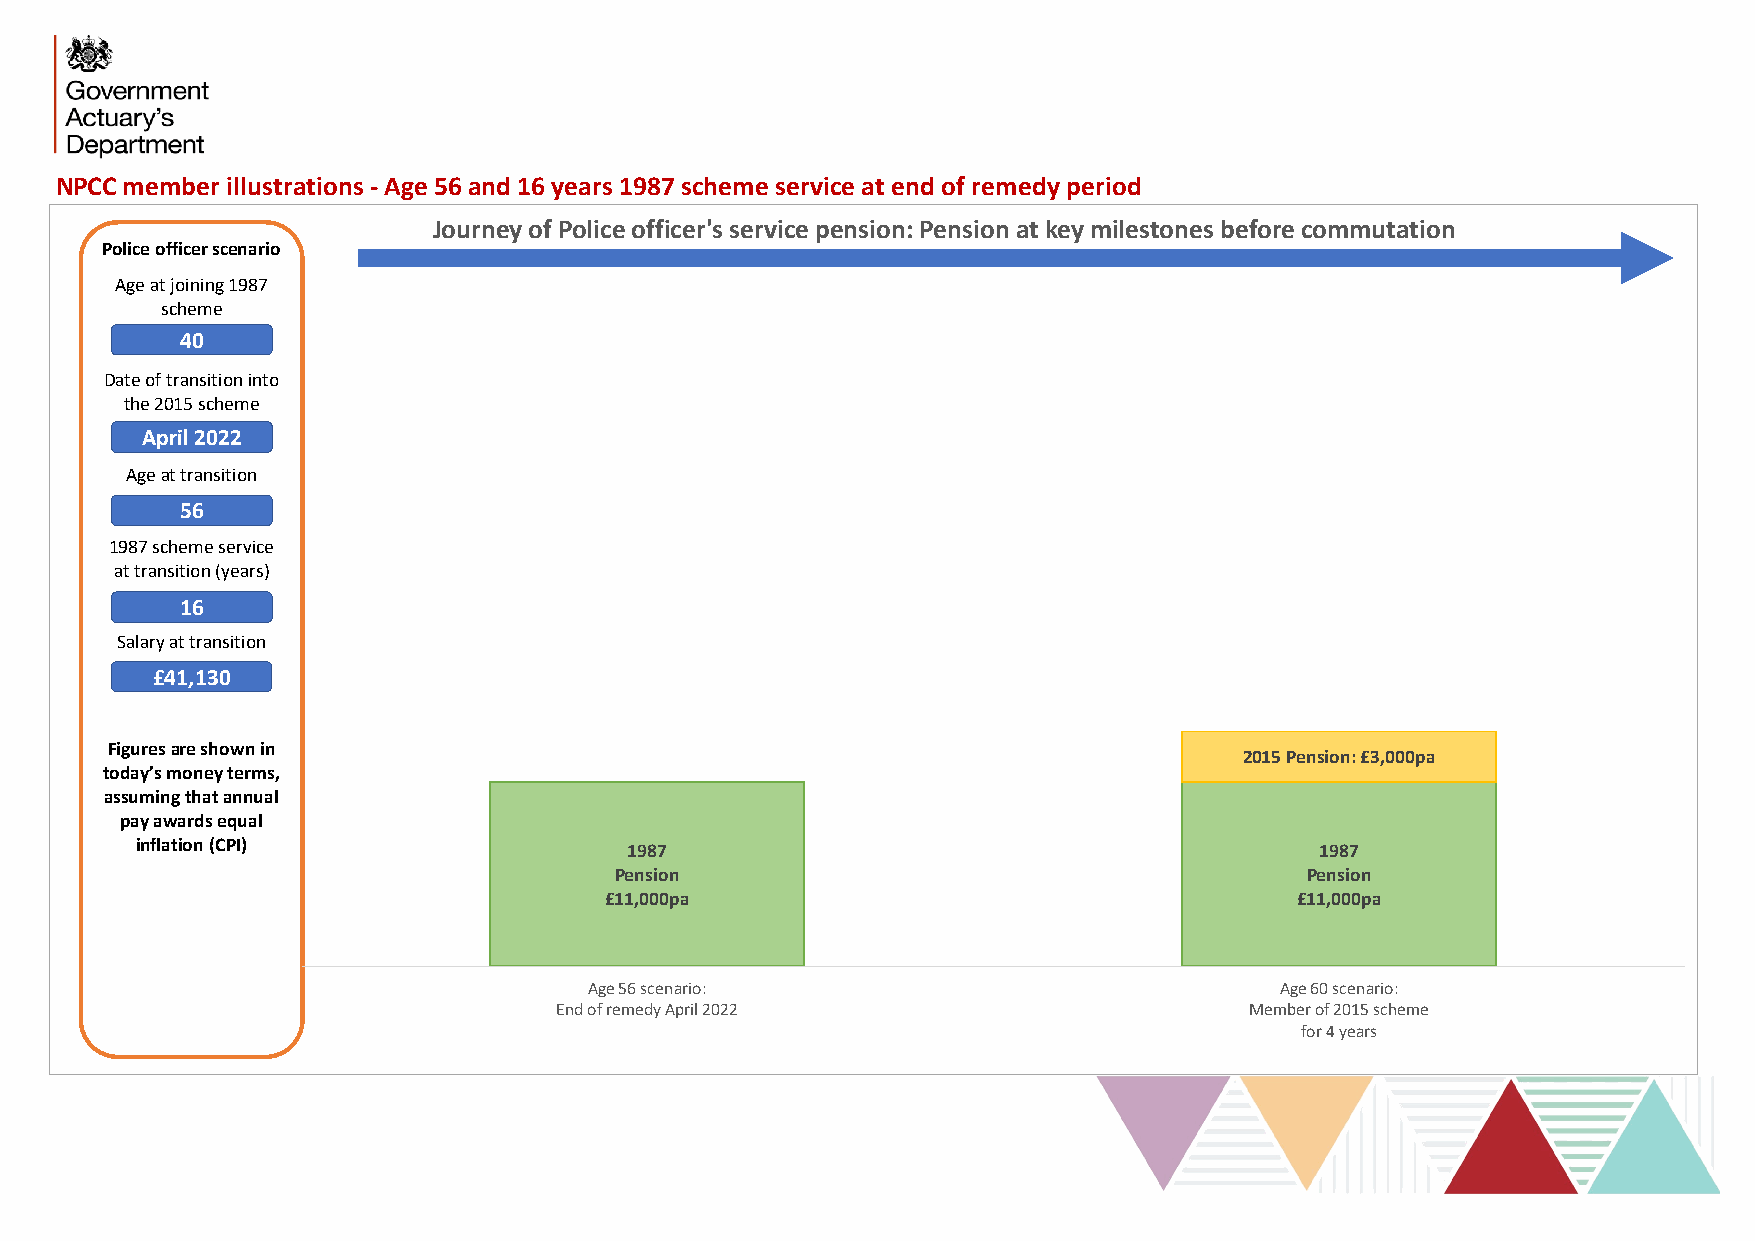
NPCC member illustrations - Age 56 and 16 years 1987 scheme service at end of remedy period
 Journey of Police officer's service pension: Pension at key milestones before commutation
 Police officer scenario
 Age at joining 1987
 scheme
 40
 Date of transition into
 the 2015 scheme
 April 2022
 Age at transition
 56
 1987 scheme service
 at transition (years)
 16
 Salary at transition
 £41,130
 Figuresare shown in
 2015 Pension: £3,000pa
 today’s money terms,
 assumingthat annual
 pay awards equal
 inflation (CPI)                  1987                                         1987
 Pension                                      Pension
 £11,000pa                                     £11,000pa
 Age 56 scenario:                              Age 60 scenario:
 End of remedy April 2022                      Member of 2015 scheme
 for 4 years